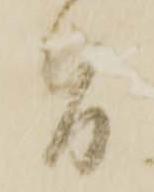
旨